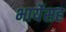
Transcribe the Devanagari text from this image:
भार्येसह